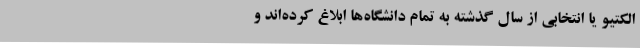
الکتیو یا انتخابی از سال گذشته به تمام دانشگاه‌ها ابلاغ کرده‌اند و